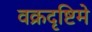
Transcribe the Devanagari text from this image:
वक्रदृष्टिमे